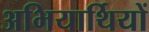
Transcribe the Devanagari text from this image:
अभियार्थियों